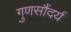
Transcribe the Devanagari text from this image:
गुणसौंदर्य